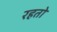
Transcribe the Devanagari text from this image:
रहतो